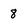
Character: 8